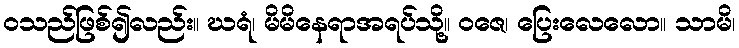
ဝသည်ဖြစ်၍လည်း။ ဃရံ၊ မိမိနေရာအရပ်သို့။ ဝဇေ၊ ပြေးလေလော။ သာမိ၊